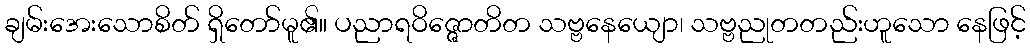
ချမ်းအေးသောစိတ် ရှိတော်မူ၏။ ပညာရဝိဇ္ဇောတိတ သဗ္ဗနေယျော၊ သဗ္ဗညုတတည်းဟူသော နေဖြင့်